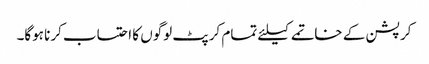
کرپشن کے خاتمے کیلئے تمام کرپٹ لوگوں کا احتساب کرنا ہوگا۔